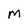
Character: M